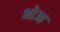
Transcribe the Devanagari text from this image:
भोआ